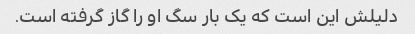
دلیلش این است که یک بار سگ او را گاز گرفته است.